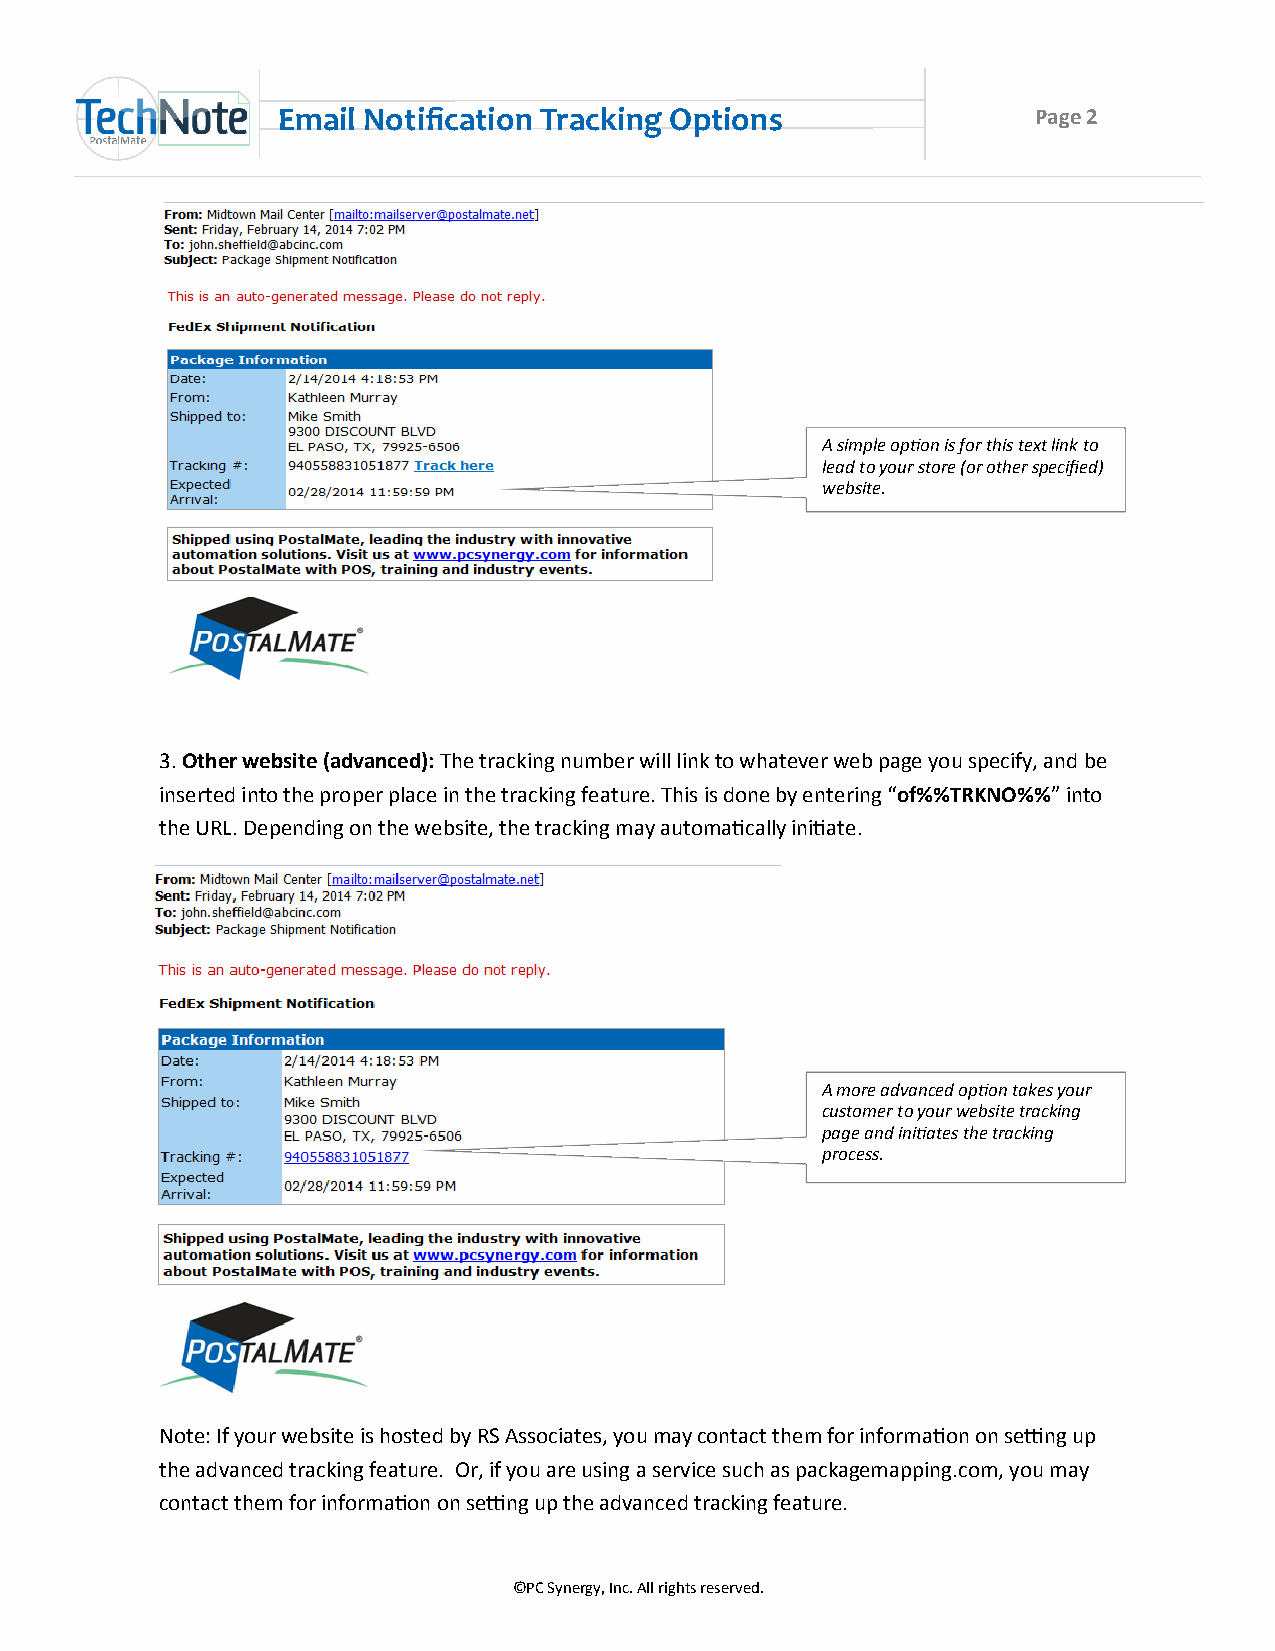
Email Notification Tracking Options                Page 2
 A simple option is for this text link to
 lead to your store (or other specified)
 website.
 3. Other website (advanced): The tracking number will link to whatever web page you specify, and be
 inserted into the proper place in the tracking feature. This is done by entering “of%%TRKNO%%” into
 the URL. Depending on the website, the tracking may automatically initiate.
 A more advanced option takes your
 customer to your website tracking
 page and initiates the tracking
 process.
 Note: If your website is hosted by RS Associates, you may contact them for information on setting up
 the advanced tracking feature. Or, if you are using a service such as packagemapping.com, you may
 contact them for information on setting up the advanced tracking feature.
 ©PC Synergy, Inc. All rights reserved.